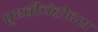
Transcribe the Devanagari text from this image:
पृथ्वीचंद्रोदय